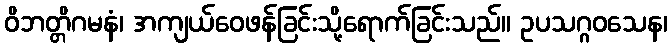
ဝိဘတ္တိဂမနံ၊ အကျယ်ဝေဖန်ခြင်းသို့ရောက်ခြင်းသည်။ ဥပသဂ္ဂဝသေန၊